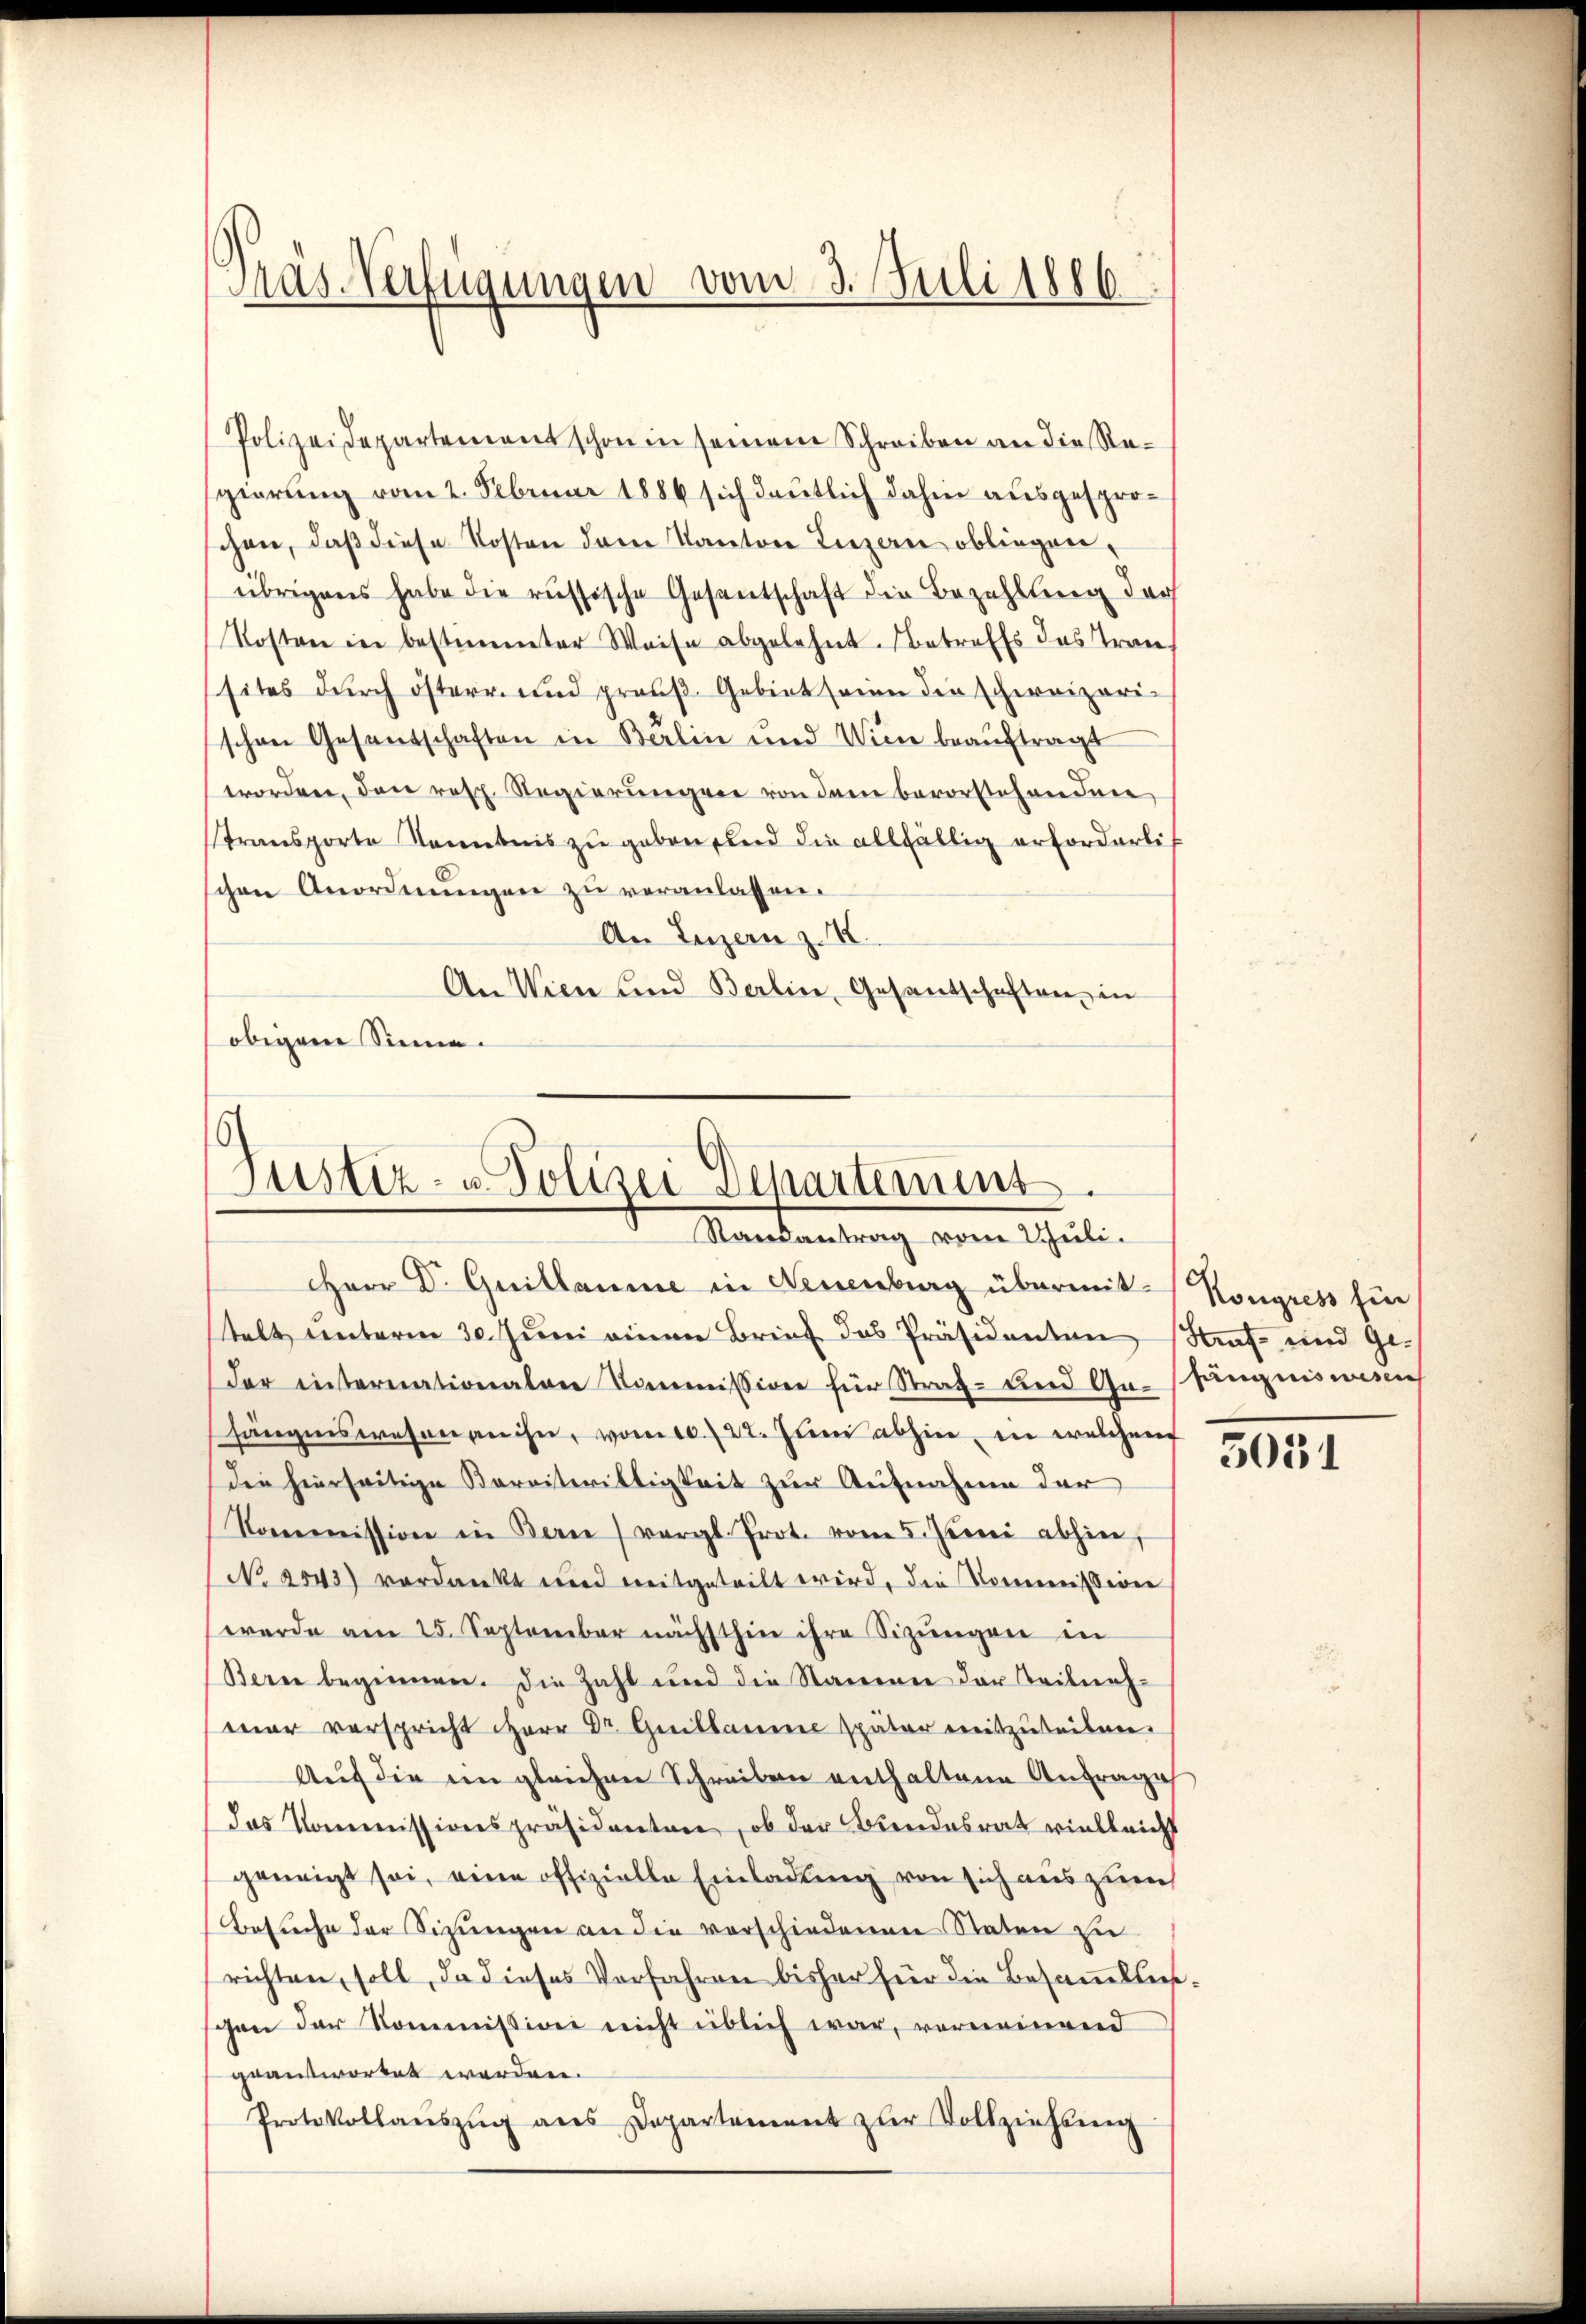
Präs. Verfügungen vom 3. Juli 1886

Polizeidepartement schon in seinem Schreiben an die Regierung vom 2. Februar 1886 sich deutlich dahin ausgesprochen, daß diese Kosten dem Kanton Luzern obliegenübrigens habe die russische Gesentschaft die Bezahlung der
Kosten in bestimmter Weise abgelehnt. Betreffs des Transites durch österr. und prauβ Gebiet seine die schweizerischen Gesantschaften in Berlin und Wien beauftragt
worden, den resp. Regierungen von dem bevorstehendene
Stransporte Kenntnis zu geben, und die allfällig erforderlich
schen Anordnŭngen zu veranlassen.
An Luzern z.
An Wien und Berlin, Gesandschaften in
obigen Sinne.

¬
Justiz- u Polizei Departemens
Randantrag vom Schuli.
HHerr Dr. Guillaume in Neuenburg übermit Kongress für

stalt unterm 30. Juni einen Brief das Präsidenten Straf- und Ge-
der internationalen Kommission für Straf- und Gr. Pfingniswesen
hängenswesen an ihn, vom 10. 722. Juni abhin, in welchem
die hierseitige Bereitwilligkeit zur Aufnahme der
Kommission in Bern) vergl. Prot. vom 5. Juni abhin,
No 2543) verdankt und mitgeteilt wird, die Kommission
werde am 25. September nächsthin ihre Sizŭngen in
Bern beginnen. Die Zahl und die Namen der Teilnahmar verspricht
Auf die im gleichen Schreiben enthaltene Anfrage
das Kommissionspräsidenten, ob der Bundesrat vielleicht
geneigt sei, eine offizielle Einladung von sich aus zuei
Besuche der Sitzŭngen an die verschiedenen Staten zu
richten, soll, da dieses Verfahren bisher für die Besammeltersschen der Kommission nicht üblich war, vorneinend
geantwortet werden.
Protokollaŭszŭg ans Departement zŭr Vollziehung

5051